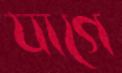
যাগে